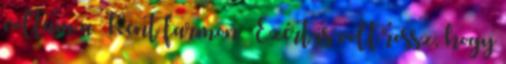
voltam a Kent farmon. Ezért is volt rossz, hogy